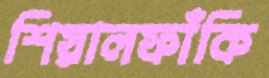
শিয়ালফাঁকি